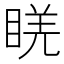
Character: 𥇉